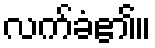
လက်ခံ၏။